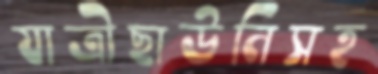
যাত্রীছাউনিসহ